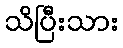
သိပြီးသား